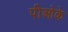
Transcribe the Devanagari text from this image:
पीओके